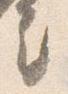
言